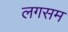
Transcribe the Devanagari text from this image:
लगसम